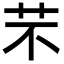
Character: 芣